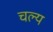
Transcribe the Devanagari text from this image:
चल्य